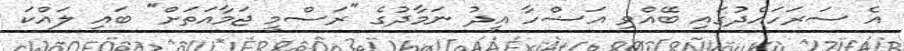
އެ ސަރަހައްދުގައި ބޭއްވި އަޟްހާ އީދު ނަމާދުގެ "ރަސްމީ ޖަމާއަތަށް" ބައި ލައްކަ